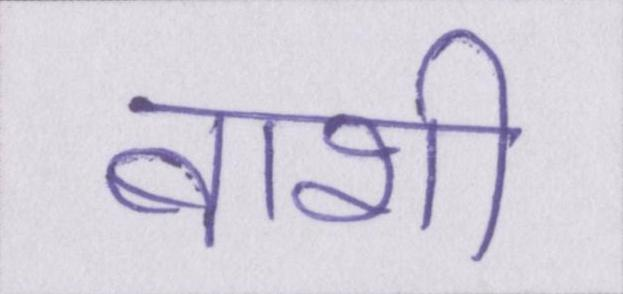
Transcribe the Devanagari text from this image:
बाशी